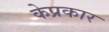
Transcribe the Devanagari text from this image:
केप्रकार